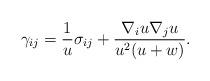
LaTeX: \begin{align*}\gamma_{ij}= \frac{1}{u}\sigma_{ij}+\frac{\nabla_i u\nabla_j u}{u^2(u+w)}.\end{align*}